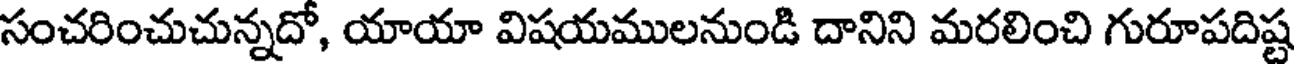
సంచరించుచున్నదో, యాయా విషయములనుండి దానిని మరలించి గురూపదిష్ట